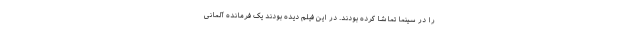
را در سینما تماشا کرده بودند. در این فیلم دیده بودند یک فرمانده آلمانی